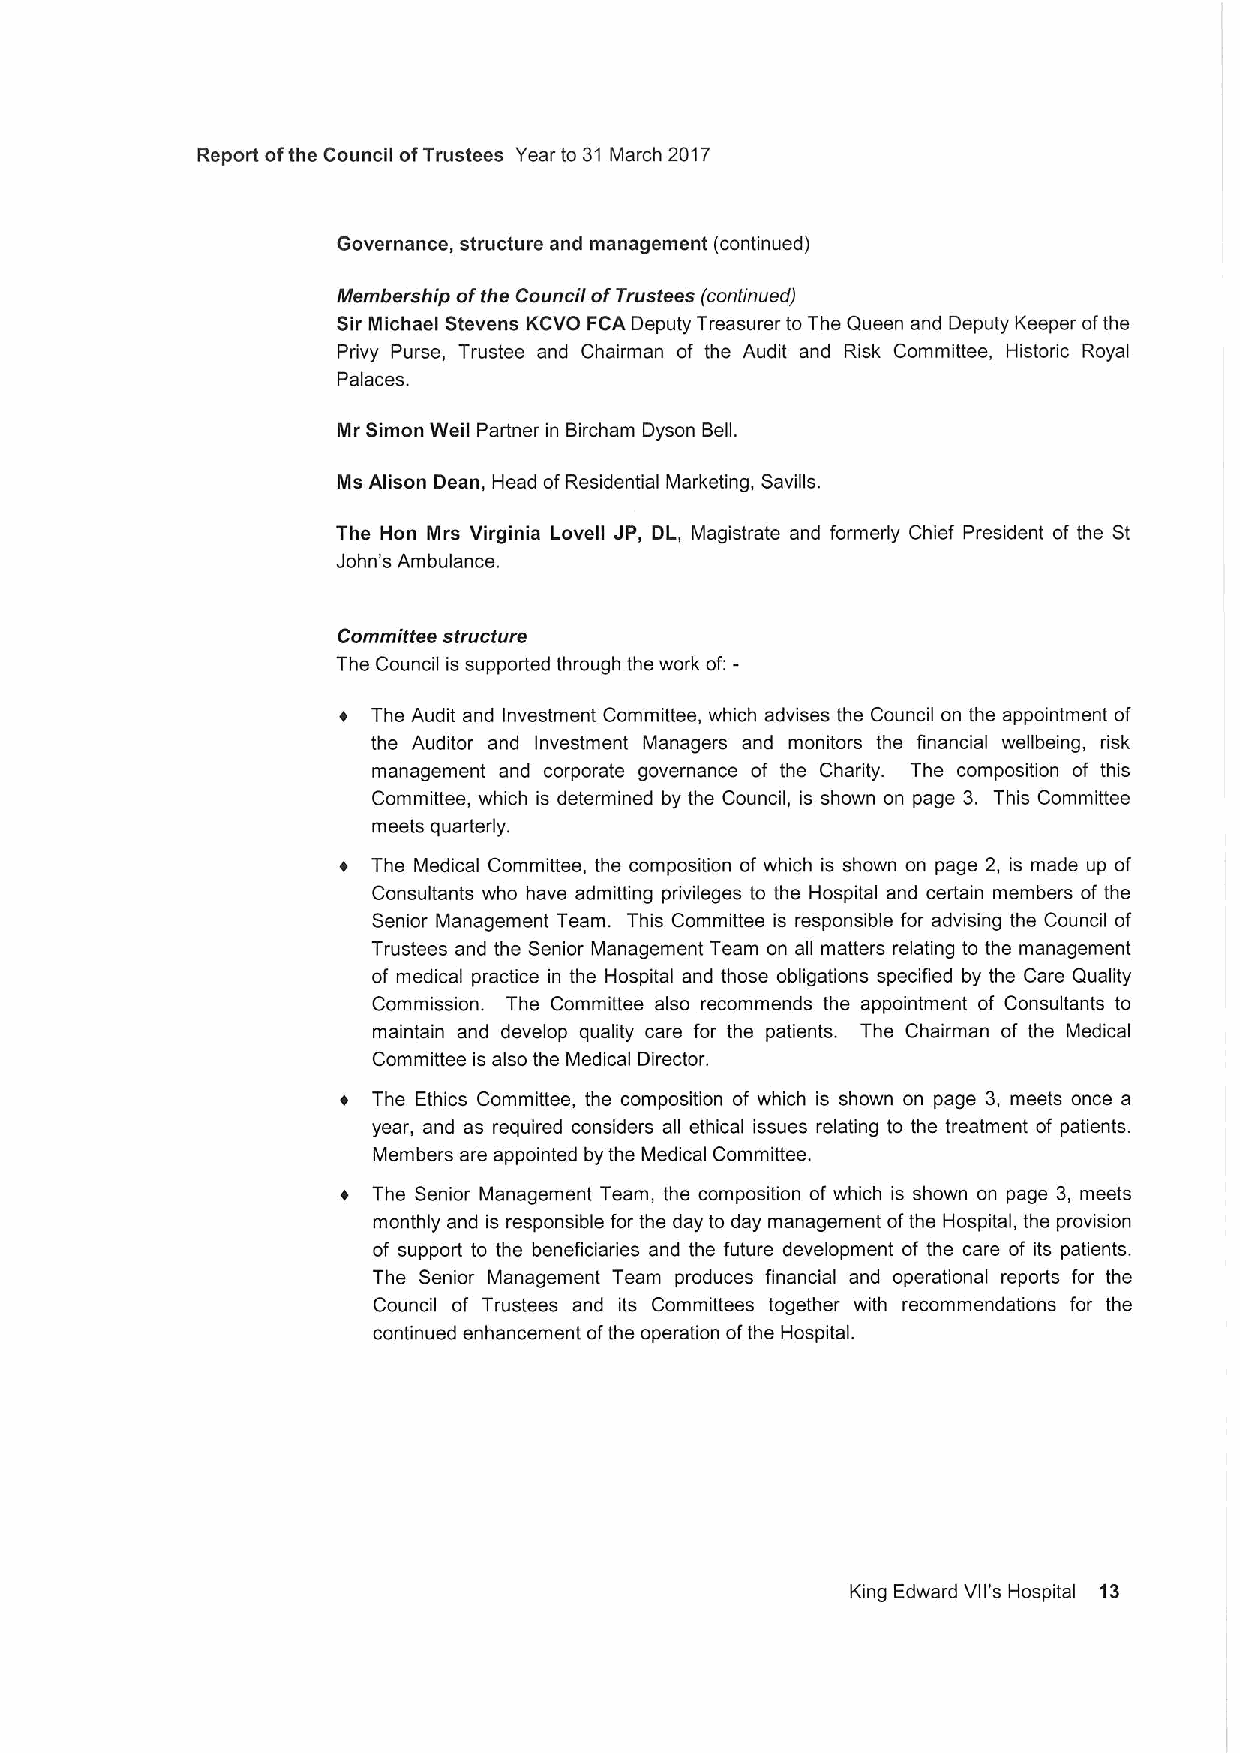
Report ofthe Council ofTrustees Year to 31 March 2017
 Governance, structure and management (continued)
 Membership ofthe Council ofTrustees (continued)
 Sir Michael Stevens KCVO FCA Deputy Treasurer to The Queen and Deputy Keeper ofthe
 Privy Purse, Trustee and Chairman of the Audit and Risk Committee, Historic Royal
 Palaces.
 Mr Simon Weil Partner in Bircham Dyson Bell.
 Ms Alison Dean, Head ofResidential Marketing, Savills.
 The Hon Mrs Virginia Lovell JP, DL, Magistrate and formerly Chief President of the St
 John's Ambulance.
 Committee structure
 The Council is supported through the work of:
 The Audit and Investment Committee, which advises the Council on the appointment of
 the Auditor and Investment Managers and monitors the financial wellbeing, risk
 management and corporate governance of the Charity. The composition of this
 Committee, which is determined by the Council, is shown on page 3. This Committee
 meets quarterly.
 +  The Medical Committee, the composition of which is shown on page 2, is made up of
 Consultants who have admitting privileges to the Hospital and certain members of the
 Senior Management Team. This Committee is responsible for advising the Council of
 Trustees and the Senior Management Team on all matters relating to the management
 of medical practice in the Hospital and those obligations specified by the Care Quality
 Commission. The Committee also recommends the appointment of Consultants to
 maintain and develop quality care for the patients. The Chairman of the Medical
 Committee is also the Medical Director.
 The Ethics Committee, the composition of which is shown on page 3, meets once a
 year, and as required considers all ethical issues relating to the treatment of patients.
 Members are appointed by the Medical Committee.
 The Senior Management Team, the composition of which is shown on page 3, meets
 monthly and is responsible for the day to day management ofthe Hospital, the provision
 of support to the beneficiaries and the future development of the care of its patients.
 The Senior Management Team produces financial and operational reports for the
 Council of Trustees and its Committees together with recommendations for the
 continued enhancement ofthe operation ofthe Hospital.
 King Edward Vll's Hospital 13